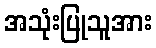
အသုံးပြုသူအား